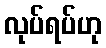
လုပ်ရပ်ဟု